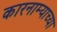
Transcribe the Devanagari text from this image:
कारनाम्याच्या